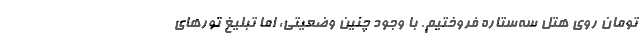
تومان روی هتل سه‌ستاره فروختیم. با وجود چنین وضعیتی، اما تبلیغ تورهای